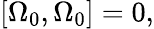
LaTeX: \left[\Omega_{0},\Omega_{0}\right]=0,